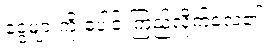
ငွေများကို ပေါင်းကြည့်လိုက်လေ၏။